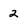
Character: 2